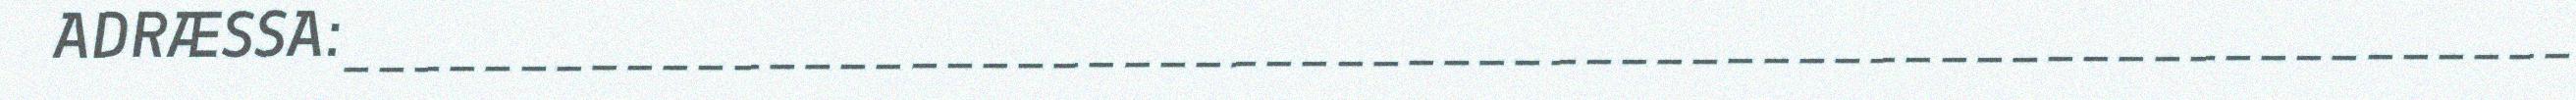
ADRÆSSA:_______________________________________________________________